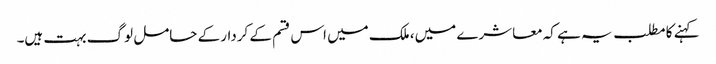
کہنے کا مطلب یہ ہے کہ معاشرے میں، ملک میں اس قسم کے کردار کے حامل لوگ بہت ہیں۔